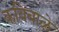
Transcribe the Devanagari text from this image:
कविबाळे